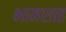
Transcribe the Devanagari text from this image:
भामशाह